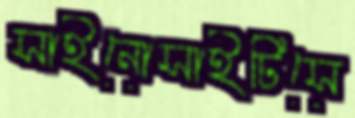
সাইনোসাইটিসে